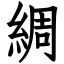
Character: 綢